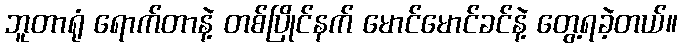
ဘူတာရုံ ရောက်တာနဲ့ တစ်ပြိုင်နက် မောင်မောင်ခင်နဲ့ တွေ့ရခဲ့တယ်။